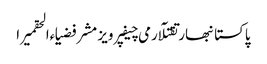
پاکستانبھارتقتلآرمی چیفپرویز مشرفضیاءالحقمیرا